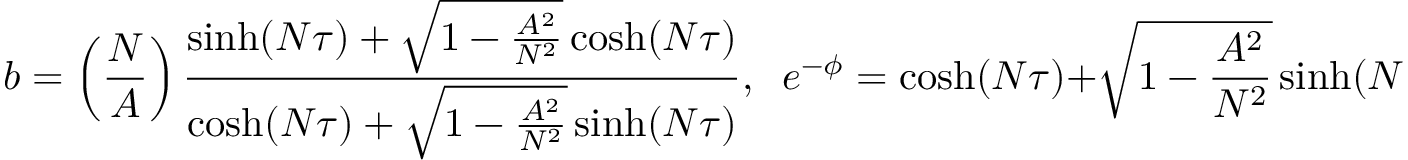
b = \left( \frac { N } { A } \right) \frac { \sinh ( N \tau ) + \sqrt { 1 - \frac { A ^ { 2 } } { N ^ { 2 } } } \cosh ( N \tau ) } { \cosh ( N \tau ) + \sqrt { 1 - \frac { A ^ { 2 } } { N ^ { 2 } } } \sinh ( N \tau ) } , \; \; e ^ { - \phi } = \cosh ( N \tau ) + \sqrt { 1 - \frac { A ^ { 2 } } { N ^ { 2 } } } \sinh ( N \tau ) ,